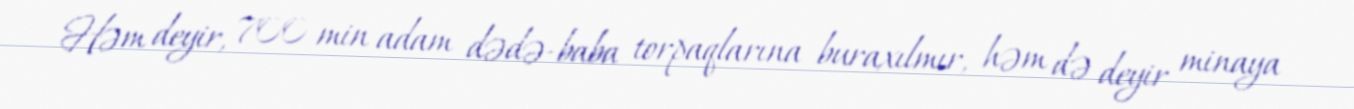
Həm deyir, 700 min adam dədə-baba torpaqlarına buraxılmır, həm də deyir minaya